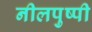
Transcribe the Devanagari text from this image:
नीलपुष्पी